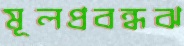
মূলপ্রবন্ধঝ